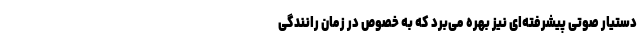
دستیار صوتی پیشرفته‌ای نیز بهره می‌برد که به خصوص در زمان رانندگی